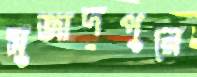
সুজাদপুরে